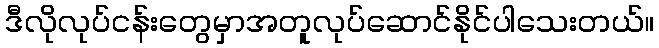
ဒီလိုလုပ်ငန်းတွေမှာအတူလုပ်ဆောင်နိုင်ပါသေးတယ်။